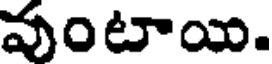
వుంటాయి.